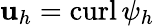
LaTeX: {\mathbf u}_{h}={\mathrm{curl}\, }\psi_{h}